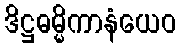
ဒိဋ္ဌဓမ္မိကာနံယေဝ